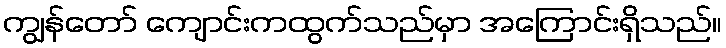
ကျွန်တော် ကျောင်းကထွက်သည်မှာ အကြောင်းရှိသည်။